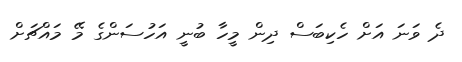
ދެ ވަނަ އަށް ހެކިބަސް ދިން މީހާ ބުނީ އަހުސަންގެ މޭ މައްޗަށް